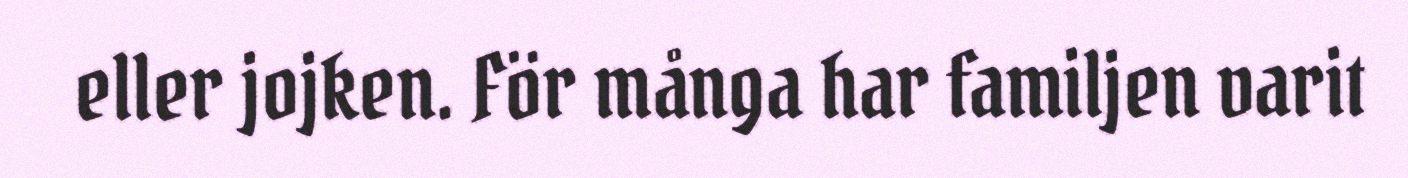
eller jojken. För många har familjen varit